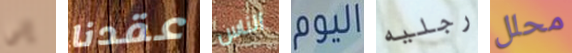
إلى عقدنا الناس اليوم رجليه محلل